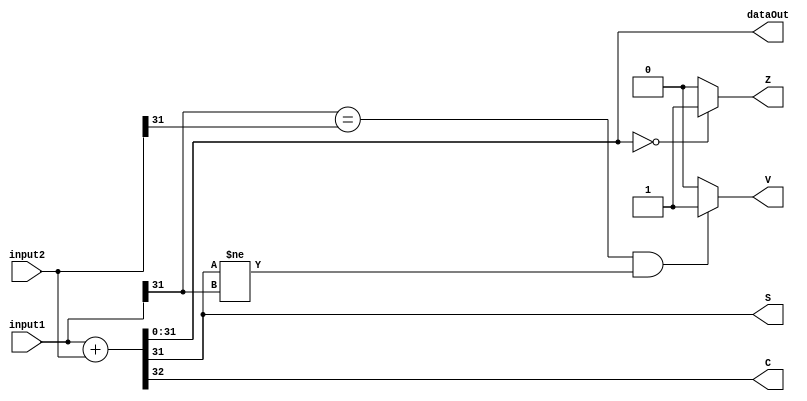
module add_r0 #(
	parameter DATA_WIDTH = 32
)(
	input [DATA_WIDTH - 1:0] input1,
	input [DATA_WIDTH - 1:0] input2,
	output[DATA_WIDTH - 1:0] dataOut,
	output C,
	output Z,
	output V,
	output S
);
/**********
 *  Array Packing Defines 
 **********/
/**********
 * Internal Signals
**********/
reg [DATA_WIDTH:0] tmpAdd;
reg Ctmp, Ztmp, Vtmp, Stmp;
/**********
 * Glue Logic 
 **********/
/**********
 * Synchronous Logic
 **********/
/**********
 * Glue Logic 
 **********/
/**********
 * Components
 **********/
/**********
 * Output Combinatorial Logic
 **********/
 always @(input1, input2) begin
	Ctmp = 0;
	Ztmp = 0;
	Vtmp = 0;
	Stmp = 0;
	
	tmpAdd = input1 + input2;
	
	Ctmp = tmpAdd[DATA_WIDTH];	// Carry Flag
	
	if(tmpAdd[DATA_WIDTH-1:0] == {(DATA_WIDTH){1'b0}}) begin
		Ztmp = 1;
	end
	
	if((input1[DATA_WIDTH - 1] == input2[DATA_WIDTH - 1]) && (tmpAdd[DATA_WIDTH - 1] != input1[DATA_WIDTH - 1])) begin
		Vtmp = 1;
	end

	Stmp = tmpAdd[DATA_WIDTH - 1];
 end
 
 assign dataOut = tmpAdd[DATA_WIDTH - 1:0];
 assign C = Ctmp;
 assign Z = Ztmp;
 assign V = Vtmp;
 assign S = Stmp;
 
endmodule